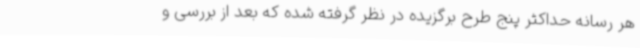
هر رسانه حداکثر پنج طرح برگزیده در نظر گرفته شده که بعد از بررسی و